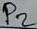
Text: P2